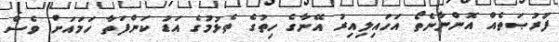
ފުރުޞަތެއް އޮންނާނެތޯ އަހައިލިއިރު އޭނާގެ ހިތުގެ ތެޅުމުގެ އަޑު ކަންފަތާ ހަމައަށް ވެސް